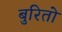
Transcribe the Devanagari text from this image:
बुरितो